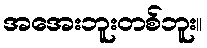
အအေးဘူးတစ်ဘူး။